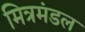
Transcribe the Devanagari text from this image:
मित्रमंडल